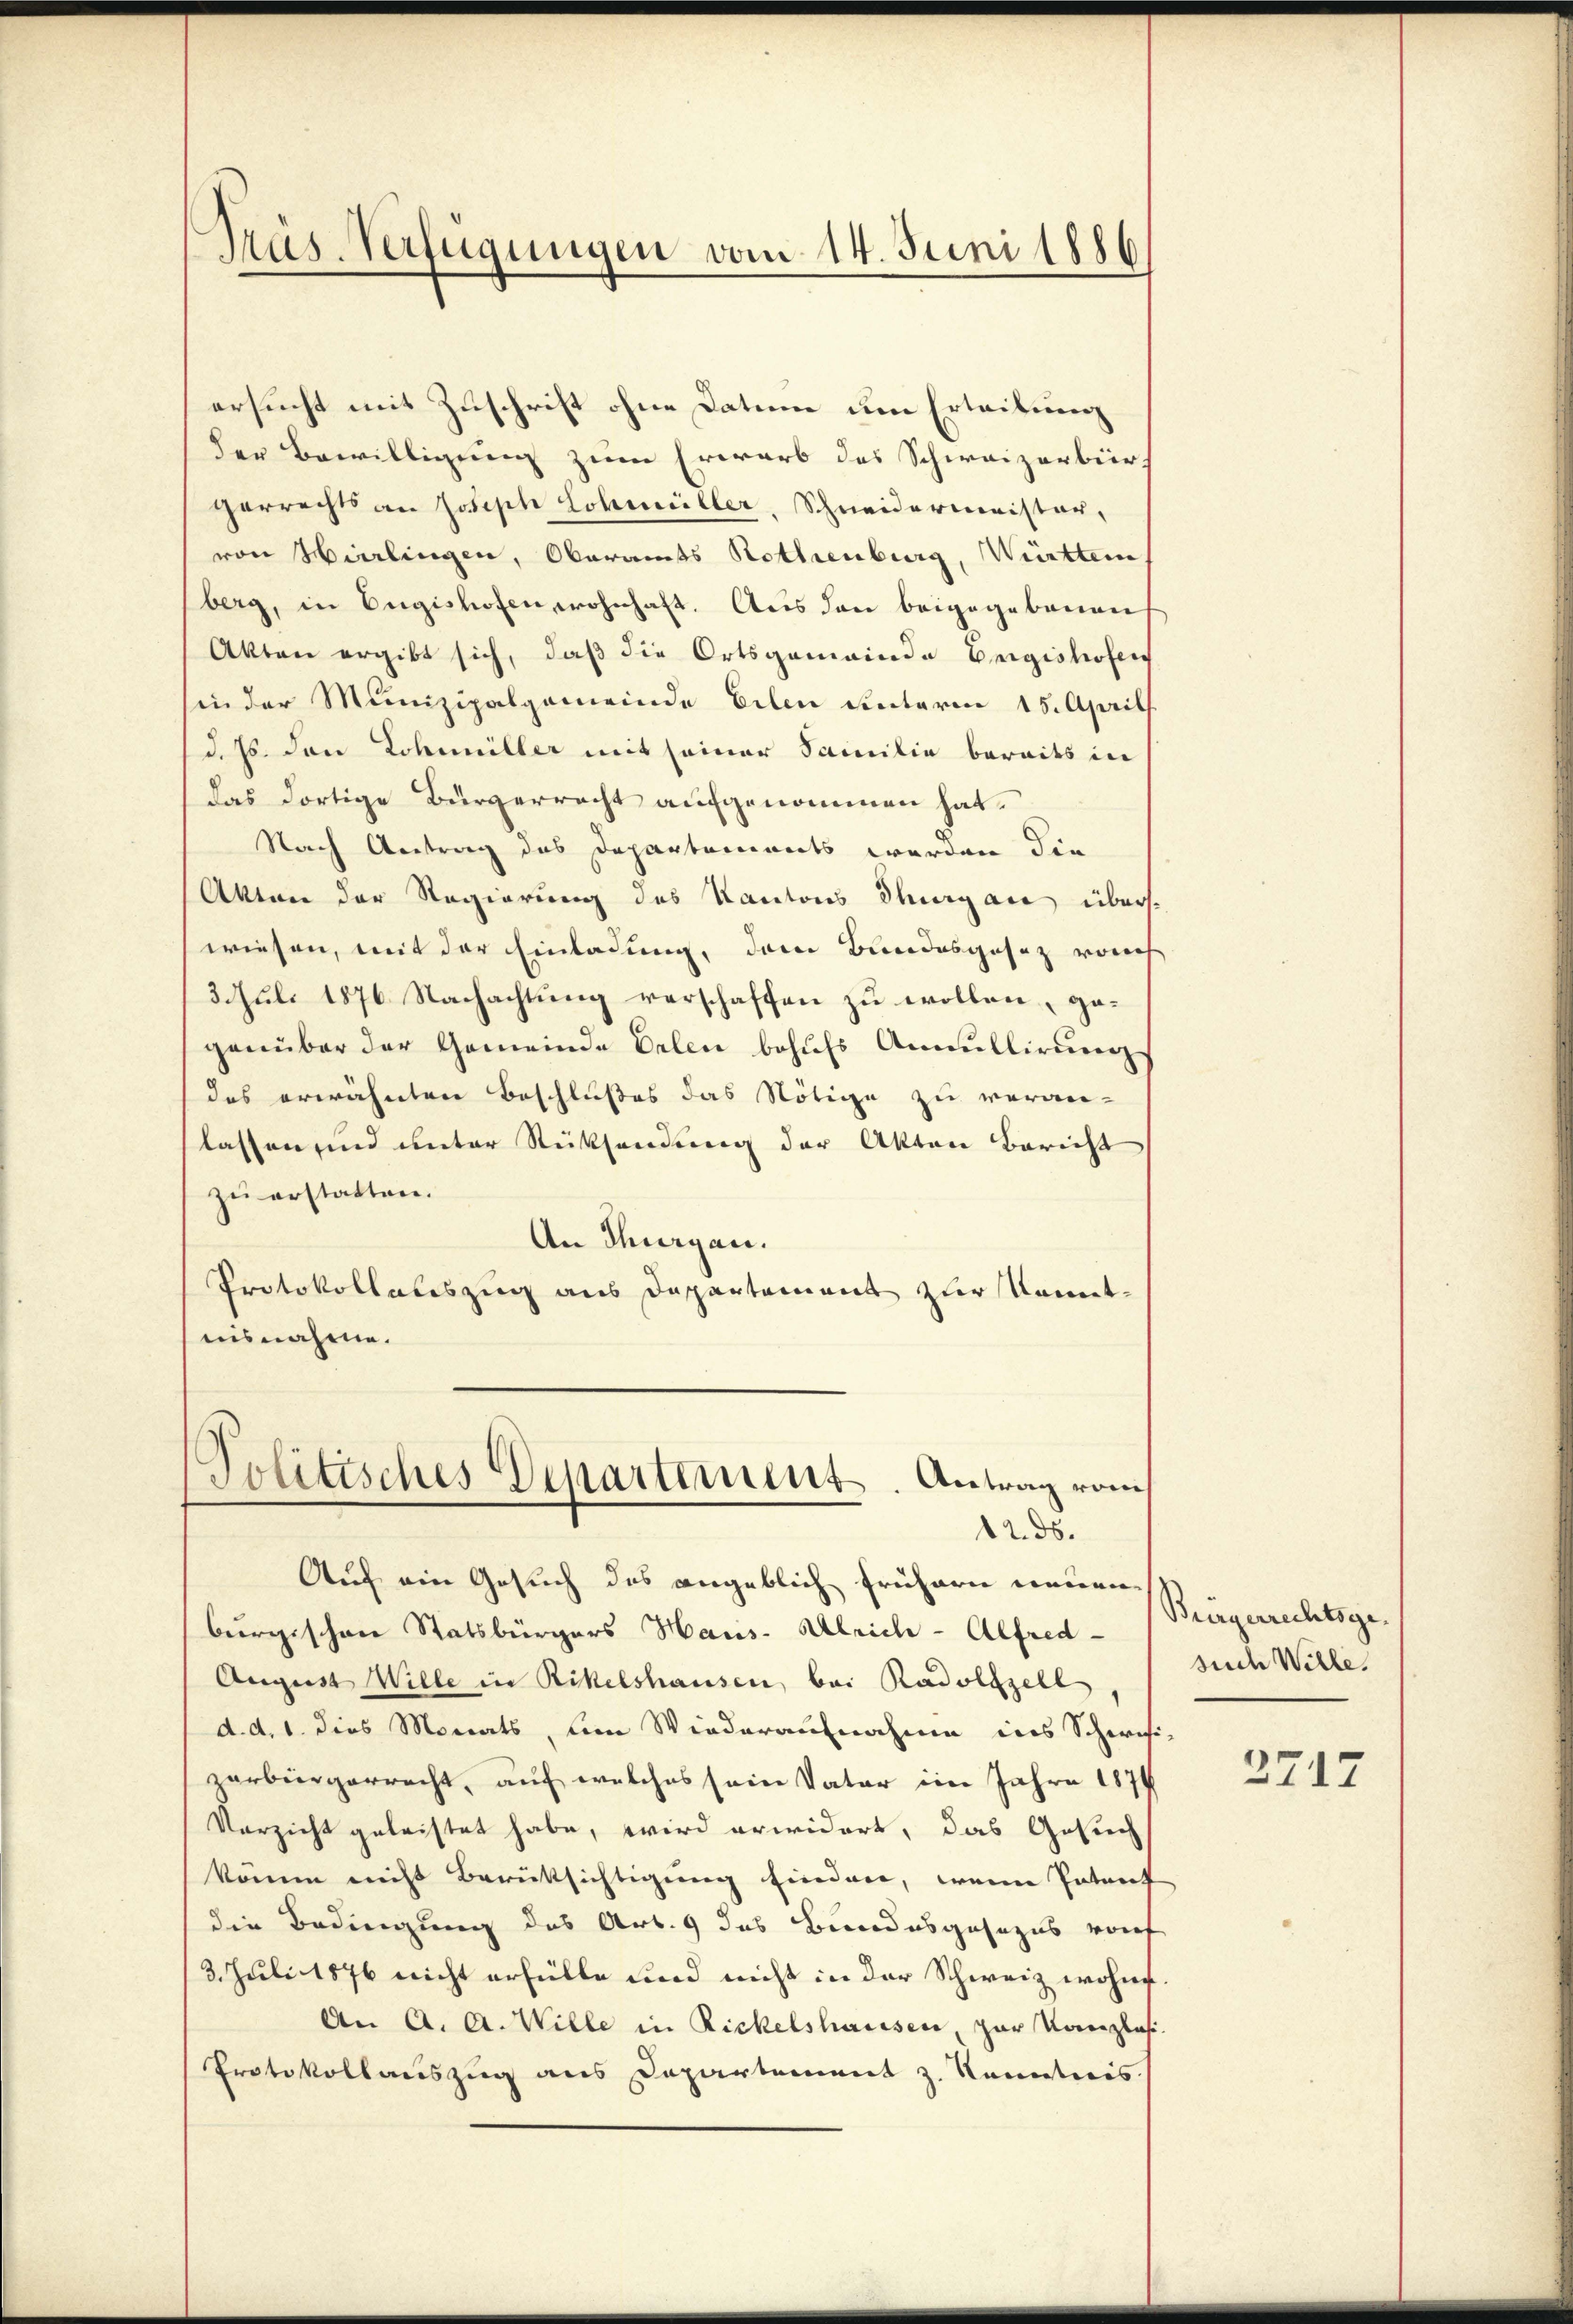
Präs-Verfügungen vom 14. Juni 1886

ersucht mit Zuschrift ohne Datum um Erleibung
der Bewilligung zum Erwarb des Schweizerbürf
gerrechts an Joseph Lohmüller, Schneidermeister,
von Hierlingen, Oberamts Rothenburg, Württemn
berg, in Eugishofen, wohnhaft. Aus den beigegebenen
Akten ergibt sich, daß die Ortsgemeinde Engishofen
in der Munizipalgemeinde Erlen unterm 15. April
d. Js. den Lohmiller mit seiner Familie bereits in
das dortige Bürgerrecht aufgenommen hat.
Nach Antrag das Departements werden die
Akten der Regierung des Kantons Thurgane überswiesen, mit der Einladung, dem Bundesgesez von
3. Juli 1876 Nachachtung verschaffen zu wollen, gegenüber der Gemeinde Erlen behufs Annullirung
das erwähnten Beschlußes das Nötige zu veran-
lassen und unter Rücksendung der Akten Bericht
zu erstatten.
An Thurgau.
Protokollateszug aus Departement zur Kenntuisnahme.
Politisches Departement. Antrag vom
12. ds.
Auf ein Gesuch das angeblich frühern neuen
burgischen Statsbürgers Haus. Ulrich - Alfred-
August Wille in Rikelshausen, bei Radolfzell
d. d. 1. dies Monats, um Wiederaufnahme ins Schwei-
zerbürgerrecht, auf welches sein Vater im Jahre 1874
Verzicht geleistet habe, wird erwidert, das Gesich
kömm nicht Berüksichtigung finden, wenn Patent
die Bedingung des Art. 9 das Bundesgesezes vorf
3. Juli 1876 nicht erfülle und nicht in der Schweiz wohne
An A. A. Wille in Rickelshausen, zur Kanzlos
Protokollauszug aus Departement z. Ramnticis

Bürgerrechtsgesud Wille.

2717